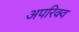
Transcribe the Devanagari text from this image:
अपरिक्व